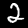
Digit: 2